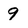
Character: 9